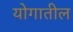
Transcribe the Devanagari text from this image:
योगातील